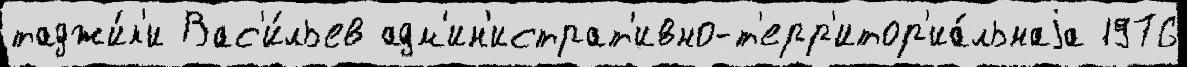
таджи́к'и Вас'и́льев адм'ин'истрат'ивно-т'ерр'итор'иа́льнаjа 1976